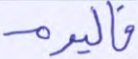
فاليوم